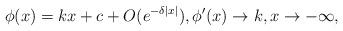
LaTeX: \begin{align*}\phi(x)=kx+c+O(e^{-\delta |x|}),\phi^\prime(x)\to k, x\to-\infty,\end{align*}